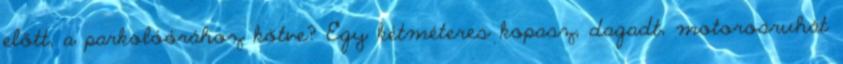
előtt, a parkolóórához kötve? Egy kétméteres kopasz, dagadt, motorosruhát